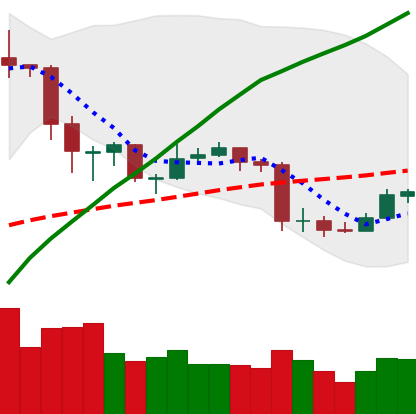
Ticker: ETC-USD
Chart end date: 2020-03-03
Forward return: -23.58%
Label: down_7plus